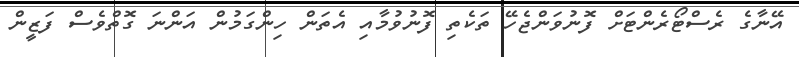
އޭނާގެ ރެސްޓޯރެންޓަށް ފޮނުވަންޖެހޭ ތަކެތި ފޮނުވުމާއި އެތަން ހިންގަމުން އަންނަ ގޮތްވެސް ފަޒީން